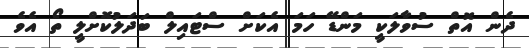
ދެން އޮތް ސުވާލަކީ މަންޑޭ ހަމަ އެކަށް ސްޓައިލް ބަދަލުކޮށްލީ ތޯ އެވެ